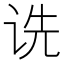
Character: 诜